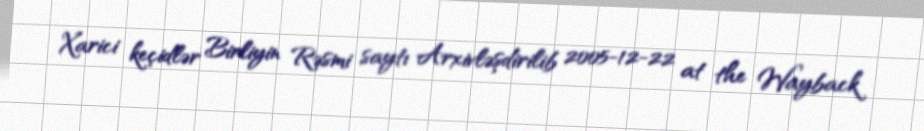
Xarici keçidlər Birliyin Rəsmi saytı Arxivləşdirilib 2005-12-22 at the Wayback